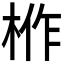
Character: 𭪌